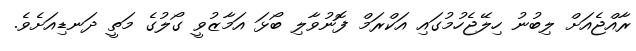
ރާއްޖެއަށް ލިބުނު ހިލޭޖެހުމުގައި އަކްރަމް ފޮނުވާލި ބޯޅަ އަމާޒުވީ ގޯލުގެ މަތީ ދަނޑިއަށެވެ.